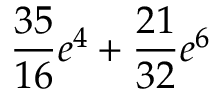
\frac { 3 5 } { 1 6 } e ^ { 4 } + \frac { 2 1 } { 3 2 } e ^ { 6 }